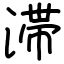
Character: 滞